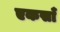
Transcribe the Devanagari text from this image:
एकसाँ